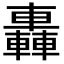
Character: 轟